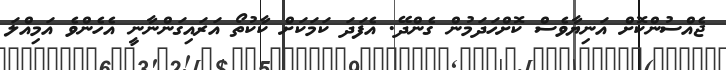
ޖެއްސުންކޮށް އަނިޔާވެސް ކޮށްހަދަމުން ގެންދޭ. އެފަދަ ކަމަކަށް ކާކުތޯ އަރައިގަންނާނީ އެހެންވެ އަމިއްލަ